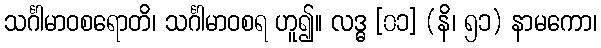
သင်္ဂါမာဝစရောတိ၊ သင်္ဂါမာဝစရ ဟူ၍။ လဒ္ဓ [၀၁] (နိ၊ ၅၁) နာမကော၊